Lunatic asylums in Bengal annual reports 1888-1898 - 1888-1898
Year: 1888
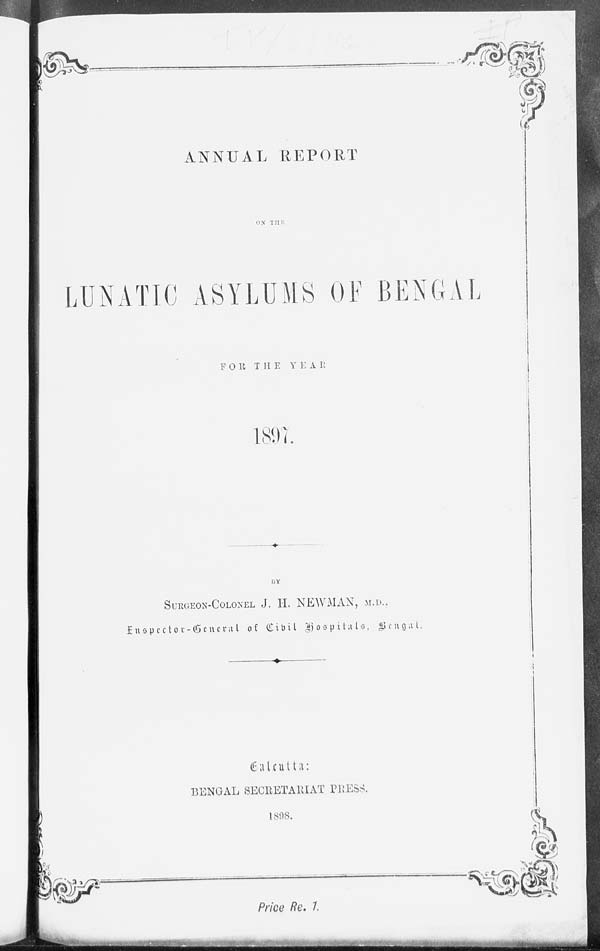
ANNUAL REPORT
ON THE
LUNATIC ASYLUMS OF BENGAL
FOR THE YEAR
1897.
BY
SURGEON-COLONEL J. H. NEWMAN, M.D.,
Inspector - General of Ci vi l Hospitals,
Bengal.
Calcutta:
BENGAL SECRETARIAT PRESS.
1898.
Price Re. 1.